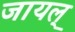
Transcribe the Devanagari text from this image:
जायल्